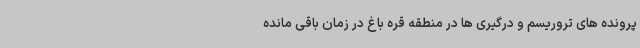
پرونده های تروریسم و درگیری ها در منطقه قره باغ در زمان باقی مانده